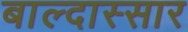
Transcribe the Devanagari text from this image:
बाल्दास्सार